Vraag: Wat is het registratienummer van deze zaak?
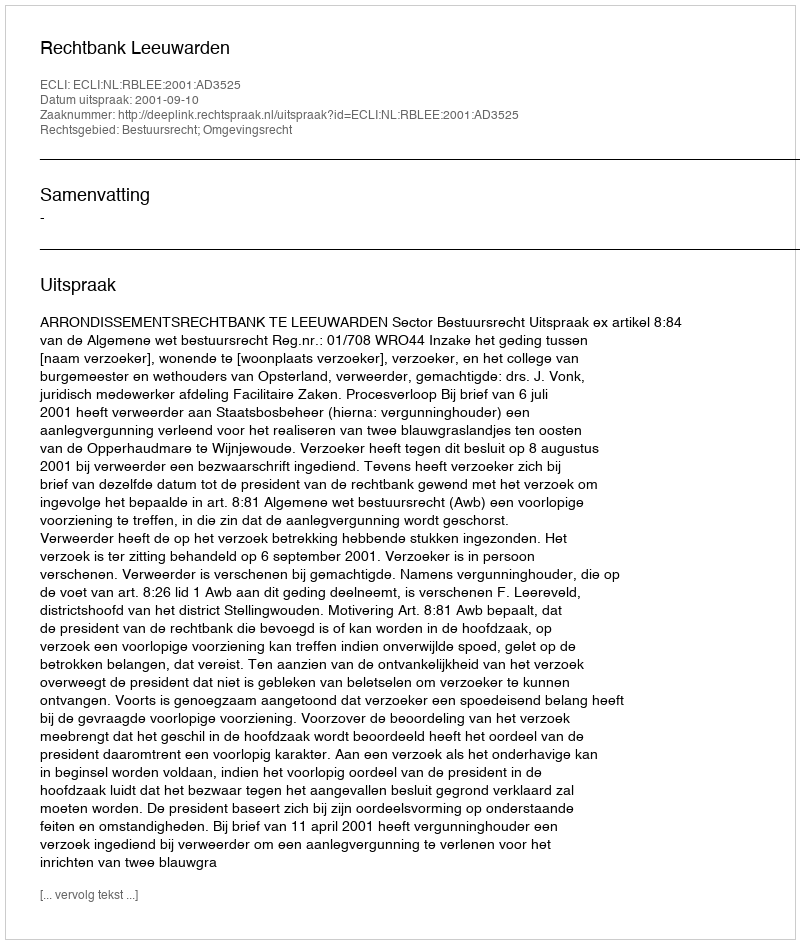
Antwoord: http://deeplink.rechtspraak.nl/uitspraak?id=ECLI:NL:RBLEE:2001:AD3525